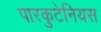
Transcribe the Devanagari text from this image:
पारकुटेनियस